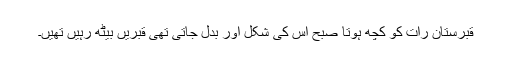
قبرستان رات کو کچھ ہوتا صبح اس کی شکل اور بدل جاتی تھی قبریں بیٹھ رہیں تھیں۔